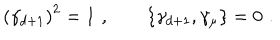
\left( \gamma _ { d + 1 } \right) ^ { 2 } = 1 \, \, , \qquad \left\{ \gamma _ { d + 1 } , \gamma _ { \mu } \right\} = 0 \, \, .